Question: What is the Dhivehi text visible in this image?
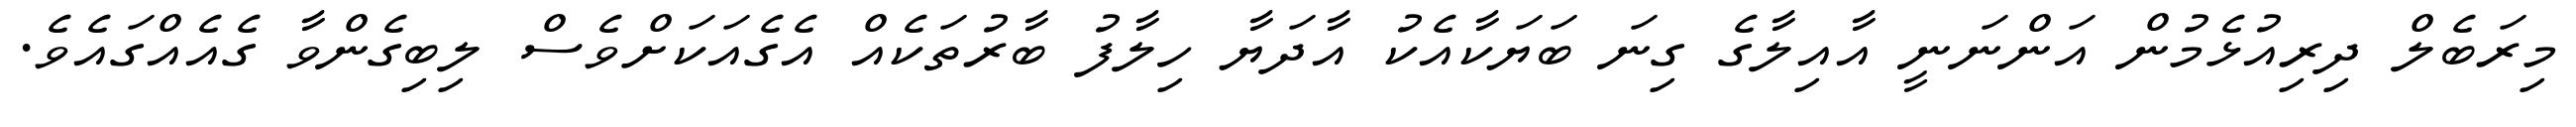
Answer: މިރަބެލް ދިރިއުޅެމުން އަންނަނީ އާއިލާގެ ގިނަ ބަޔަކާއެކު އާދަޔާ ހިލާފު ބާރުތަކެއް އެގެއަކަށްވެސް ލިބިގެންވާ ގެއެއްގައެވެ.